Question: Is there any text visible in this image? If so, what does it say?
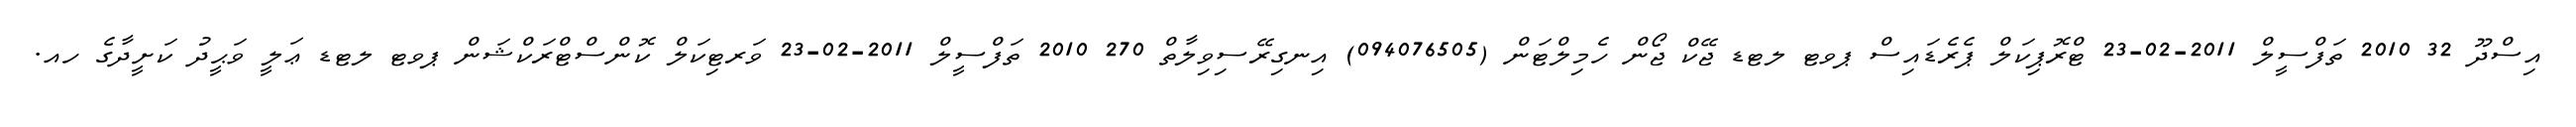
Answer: އިސްދޫ 32 2010 ތަފްސީލް 2011-02-23 ޓްރޮޕިކަލް ޕެރެޑައިސް ޕވޓ ލޓޑ ޖޭކް ޖޯން ހެމިލްޓަން (094076505) އިނގިރޭސިވިލާތް 270 2010 ތަފްސީލް 2011-02-23 ވަރޓިކަލް ކޮންސްޓްރަކްޝަން ޕވޓ ލޓޑ ޢަލީ ވަޙީދު ކަށީދާގެ ހއ.